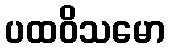
ပထဝိသမော